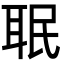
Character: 𦕛